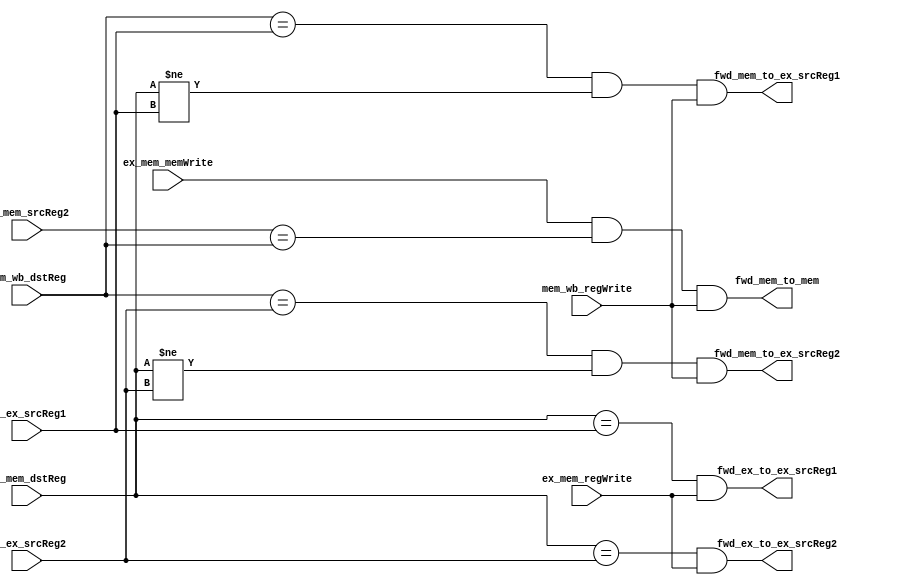
module ForwardingUnit(ex_mem_dstReg, id_ex_srcReg1, id_ex_srcReg2, ex_mem_srcReg2, ex_mem_regWrite, mem_wb_dstReg, mem_wb_regWrite, ex_mem_memWrite, fwd_ex_to_ex_srcReg1, fwd_ex_to_ex_srcReg2, fwd_mem_to_ex_srcReg1, fwd_mem_to_ex_srcReg2, fwd_mem_to_mem);

input [3:0] ex_mem_dstReg, id_ex_srcReg1, id_ex_srcReg2, mem_wb_dstReg, ex_mem_srcReg2;
input ex_mem_regWrite, mem_wb_regWrite, ex_mem_memWrite;

output fwd_ex_to_ex_srcReg1, fwd_ex_to_ex_srcReg2, fwd_mem_to_ex_srcReg1, fwd_mem_to_ex_srcReg2, fwd_mem_to_mem;

// Ex-to-Ex Forwarding
assign fwd_ex_to_ex_srcReg1 = (ex_mem_dstReg == id_ex_srcReg1) && (ex_mem_regWrite);
assign fwd_ex_to_ex_srcReg2 = (ex_mem_dstReg == id_ex_srcReg2) && (ex_mem_regWrite);

// Mem-to-Ex Forwarding
assign fwd_mem_to_ex_srcReg1 = (mem_wb_dstReg == id_ex_srcReg1) && (ex_mem_dstReg != id_ex_srcReg1) && (mem_wb_regWrite == 1'b1);
assign fwd_mem_to_ex_srcReg2 = (mem_wb_dstReg == id_ex_srcReg2) && (ex_mem_dstReg != id_ex_srcReg2) && (mem_wb_regWrite == 1'b1);

// Mem-to-Mem Forwarding
assign fwd_mem_to_mem = (ex_mem_memWrite == 1'b1) && (ex_mem_srcReg2 == mem_wb_dstReg) && (mem_wb_regWrite == 1'b1);

endmodule